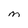
Character: M